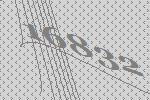
16832